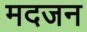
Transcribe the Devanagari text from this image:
मदजन